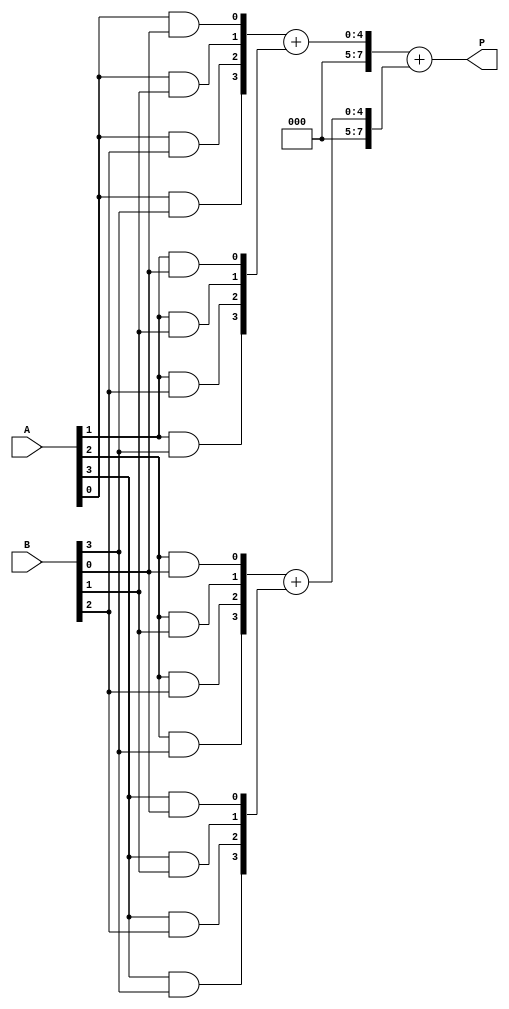
module dadda_multiplier #(parameter A_WIDTH = 4, B_WIDTH = 4) (
    input [A_WIDTH-1:0] A,
    input [B_WIDTH-1:0] B,
    output reg [A_WIDTH+B_WIDTH-1:0] P
);
    // Generate Partial Products
    wire [A_WIDTH*B_WIDTH-1:0] pp;
    
    genvar i, j;
    generate
        for (i = 0; i < A_WIDTH; i = i + 1) begin : PPG
            for (j = 0; j < B_WIDTH; j = j + 1) begin : PP
                assign pp[i * B_WIDTH + j] = A[i] & B[j];
            end
        end
    endgenerate
    
    // Reduction Tree
    wire [A_WIDTH + B_WIDTH - 1:0] stage1 [0:3];
    wire [A_WIDTH + B_WIDTH - 1:0] stage2 [0:1];
    
    // Stage 1
    assign stage1[0] = {pp[3], pp[2], pp[1], pp[0]};
    assign stage1[1] = {pp[7], pp[6], pp[5], pp[4]};
    assign stage1[2] = {pp[11], pp[10], pp[9], pp[8]};
    assign stage1[3] = {pp[15], pp[14], pp[13], pp[12]};
    
    // Example reduction: reduce to 3 rows
    // You can replace below with proper full and half adders
    assign stage2[0] = stage1[0] + stage1[1];
    assign stage2[1] = stage1[2] + stage1[3];

    // Final Addition
    reg [A_WIDTH+B_WIDTH:0] final_sum;

    always @(*) begin
        final_sum = stage2[0] + stage2[1];
        P = final_sum;
    end

endmodule